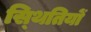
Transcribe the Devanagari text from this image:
स्‍थितियों